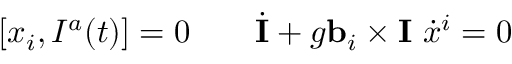
[ x _ { i } , I ^ { a } ( t ) ] = 0 \qquad \dot { \bf I } + g { \bf b } _ { i } \times { \bf I } \ \dot { x } ^ { i } = 0